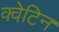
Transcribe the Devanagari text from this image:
क्वेटिन